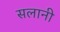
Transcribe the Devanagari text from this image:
सलानी